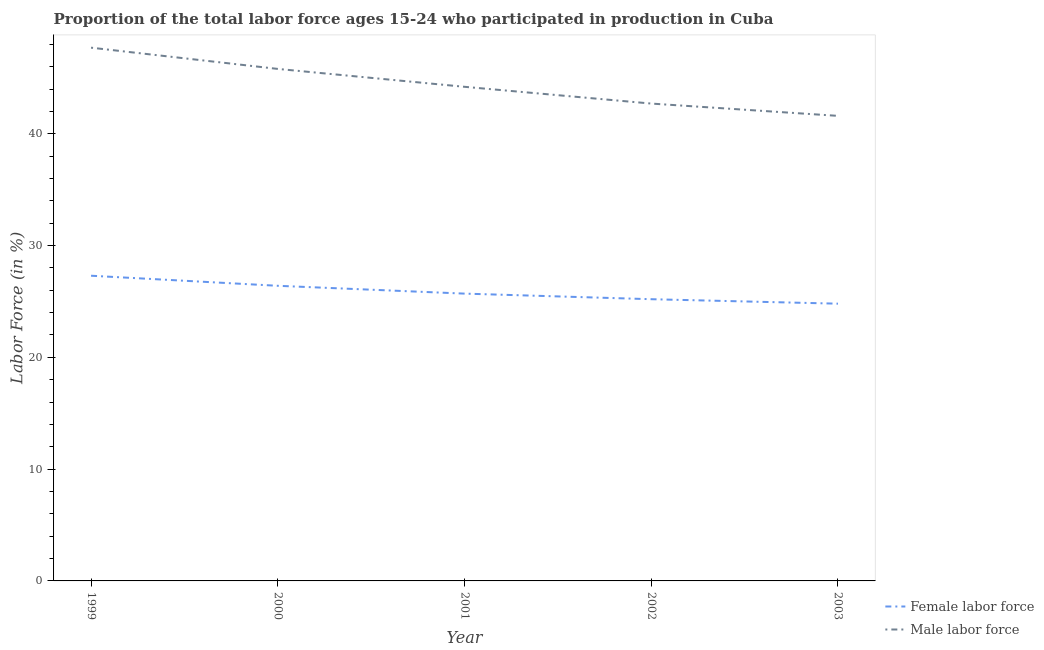
| Year | Female labor force | Male labor force |
 | --- | --- | --- |
 | 1999 | 27.3 | 47.7 |
 | 2000 | 26.4 | 45.8 |
 | 2001 | 25.7 | 44.2 |
 | 2002 | 25.2 | 42.7 |
 | 2003 | 24.8 | 41.6 |